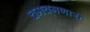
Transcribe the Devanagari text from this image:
चमचमणारी